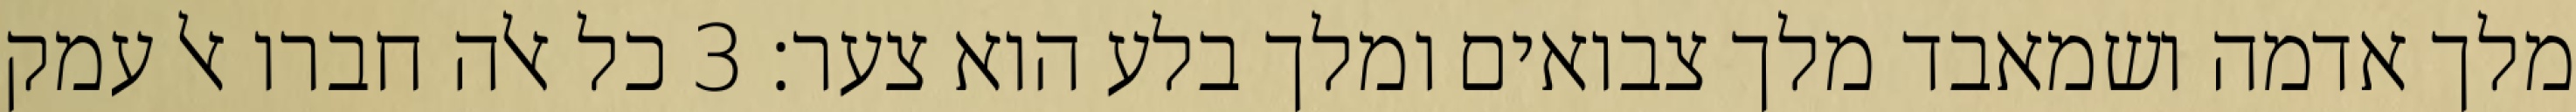
מלך אדמה ושמאבד מלך צבואים ומלך בלע הוא צער׃ ‎3‏ כל אלה חברו אל עמק